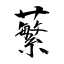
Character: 蘩